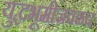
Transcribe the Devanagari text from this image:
युद्धभूमीजवळच